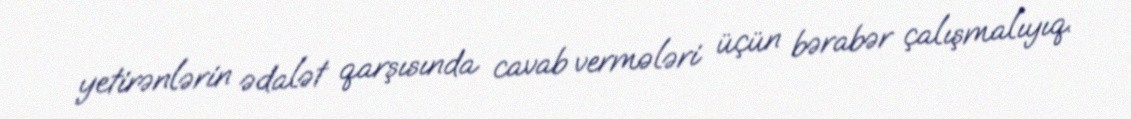
yetirənlərin ədalət qarşısında cavab vermələri üçün bərabər çalışmalıyıq.